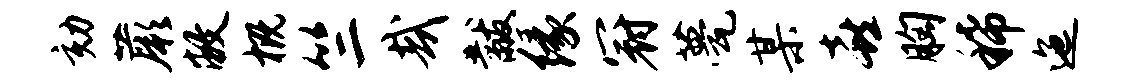
劾蕨敝概竺哉黻缘冠甍某喜胸稀迤